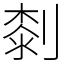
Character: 㓼